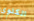
الكلوي